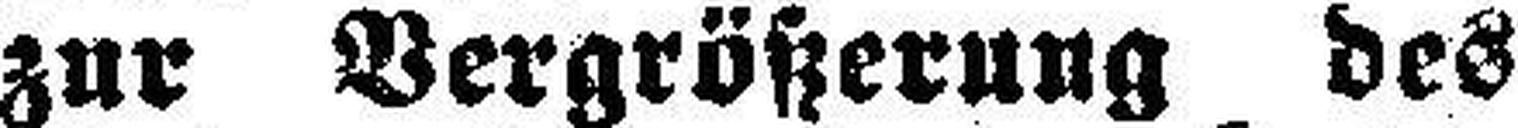
zur Vergrößerung des